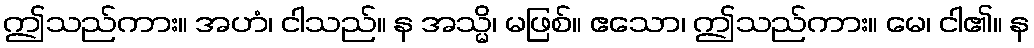
ဤသည်ကား။ အဟံ၊ ငါသည်။ န အသ္မိ၊ မဖြစ်။ ဧသော၊ ဤသည်ကား။ မေ၊ ငါ၏။ န